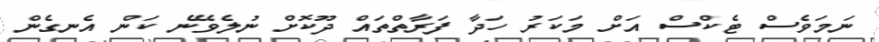
ނަމަވެސް ޓެކްސް އަށް މަކަރު ހަދާ ފަރާތްތައް ދޫކޮށް ނުލެވޭނެ ކަން އެނގެން